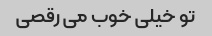
تو خیلی خوب می رقصی